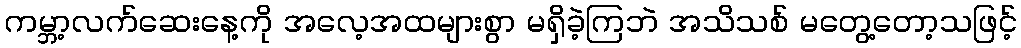
ကမ္ဘာ့လက်ဆေးနေ့ကို အလေ့အထများစွာ မရှိခဲ့ကြဘဲ အသိသစ် မတွေ့တော့သဖြင့်